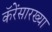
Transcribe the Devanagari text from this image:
कॅरेंसारख्या